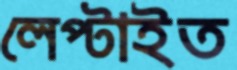
লেপ্‌টাইত